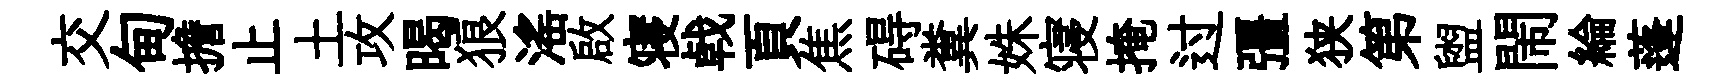
交甸擔止土攻暍狼滛啟寝㦸頁焦碍糞姝寝掩过彊狭第盥閙綸蓬